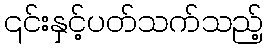
၎င်းနှင့်ပတ်သက်သည့်